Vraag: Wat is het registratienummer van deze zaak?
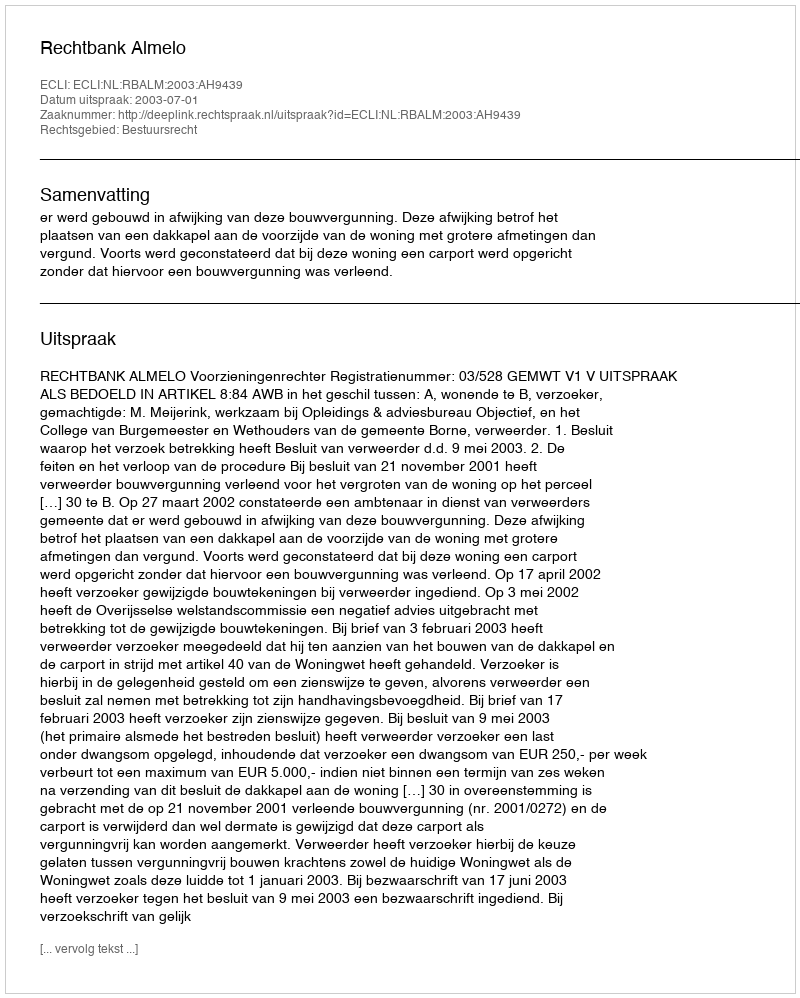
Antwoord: http://deeplink.rechtspraak.nl/uitspraak?id=ECLI:NL:RBALM:2003:AH9439